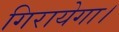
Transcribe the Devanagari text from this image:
गिरायेगा।